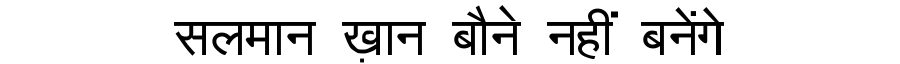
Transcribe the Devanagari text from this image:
सलमान ख़ान बौने नहीं बनेंगे